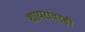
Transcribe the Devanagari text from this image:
शायरांवरही